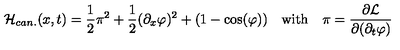
{ \cal H } _ { c a n . } ( x , t ) = \frac { 1 } { 2 } \pi ^ { 2 } + \frac { 1 } { 2 } ( \partial _ { x } \varphi ) ^ { 2 } + ( 1 - \cos ( \varphi ) ) \quad \mathrm { w i t h } \quad \pi = \frac { \partial { \cal L } } { \partial ( \partial _ { t } \varphi ) }